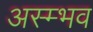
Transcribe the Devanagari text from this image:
अस्म्भव